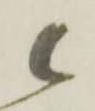
候